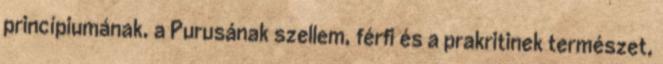
princípiumának, a Purusának szellem, férfi és a prakritinek természet,